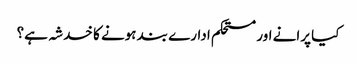
کیا پرانے اور مستحکم ادارے بند ہونے کا خدشہ ہے؟